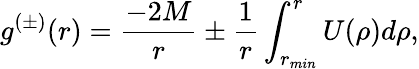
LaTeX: g^{(\pm)}(r)={\frac{-2M}{r}}\pm{\frac{1}{r}}\int_{r_{min}}^{r}U(\rho)d\rho,